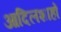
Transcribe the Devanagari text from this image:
आदिलशाहों